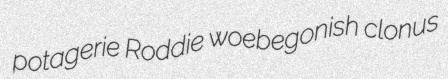
potagerie Roddie woebegonish clonus